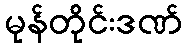
မုန်တိုင်းဒဏ်